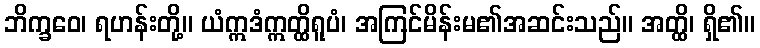
ဘိက္ခဝေ၊ ရဟန်းတို့။ ယံဣဒံဣတ္ထိရူပံ၊ အကြင်မိန်းမ၏အဆင်းသည်။ အတ္ထိ၊ ရှိ၏။